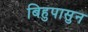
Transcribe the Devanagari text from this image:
बिहुपासुन